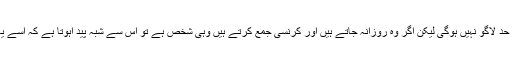
اگر وہ جمع کرتے ہیں تو ان سے کوئی سوالات نہیں کئے جائیں گے اور ان پر پانچ ہزار روپے کی حد لاگو نہیں ہوگی لیکن اگر وہ روزانہ جاتے ہیں اور کرنسی جمع کرتے ہیں وہی شخص ہے تو اس سے شبہ پید اہوتا ہے کہ اسے یہ کرنسی کہاں سے مل رہی ہے اور اس صورت میں متعلقہ شخص کے لئے پریشانی کی بات ہے ۔